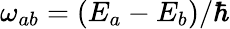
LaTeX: \omega_{ab}=(E_{a}-E_{b})/\hbar